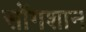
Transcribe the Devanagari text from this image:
सोंगशान